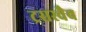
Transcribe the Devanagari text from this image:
ट्रसस्चैव